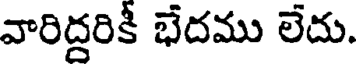
వారిద్దరికీ భేదము లేదు.